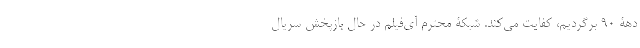
دهۀ 90 برگردیم، کفایت می‌کند. شبکۀ محترم آی‌فیلم در حال بازپخش سریال